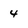
Character: 4